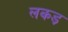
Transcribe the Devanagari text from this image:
लकड़